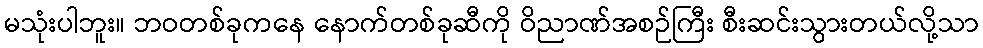
မသုံးပါဘူး။ ဘဝတစ်ခုကနေ နောက်တစ်ခုဆီကို ဝိညာဏ်အစဉ်ကြီး စီးဆင်းသွားတယ်လို့သာ